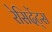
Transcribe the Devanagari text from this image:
रेसिदेंट्स